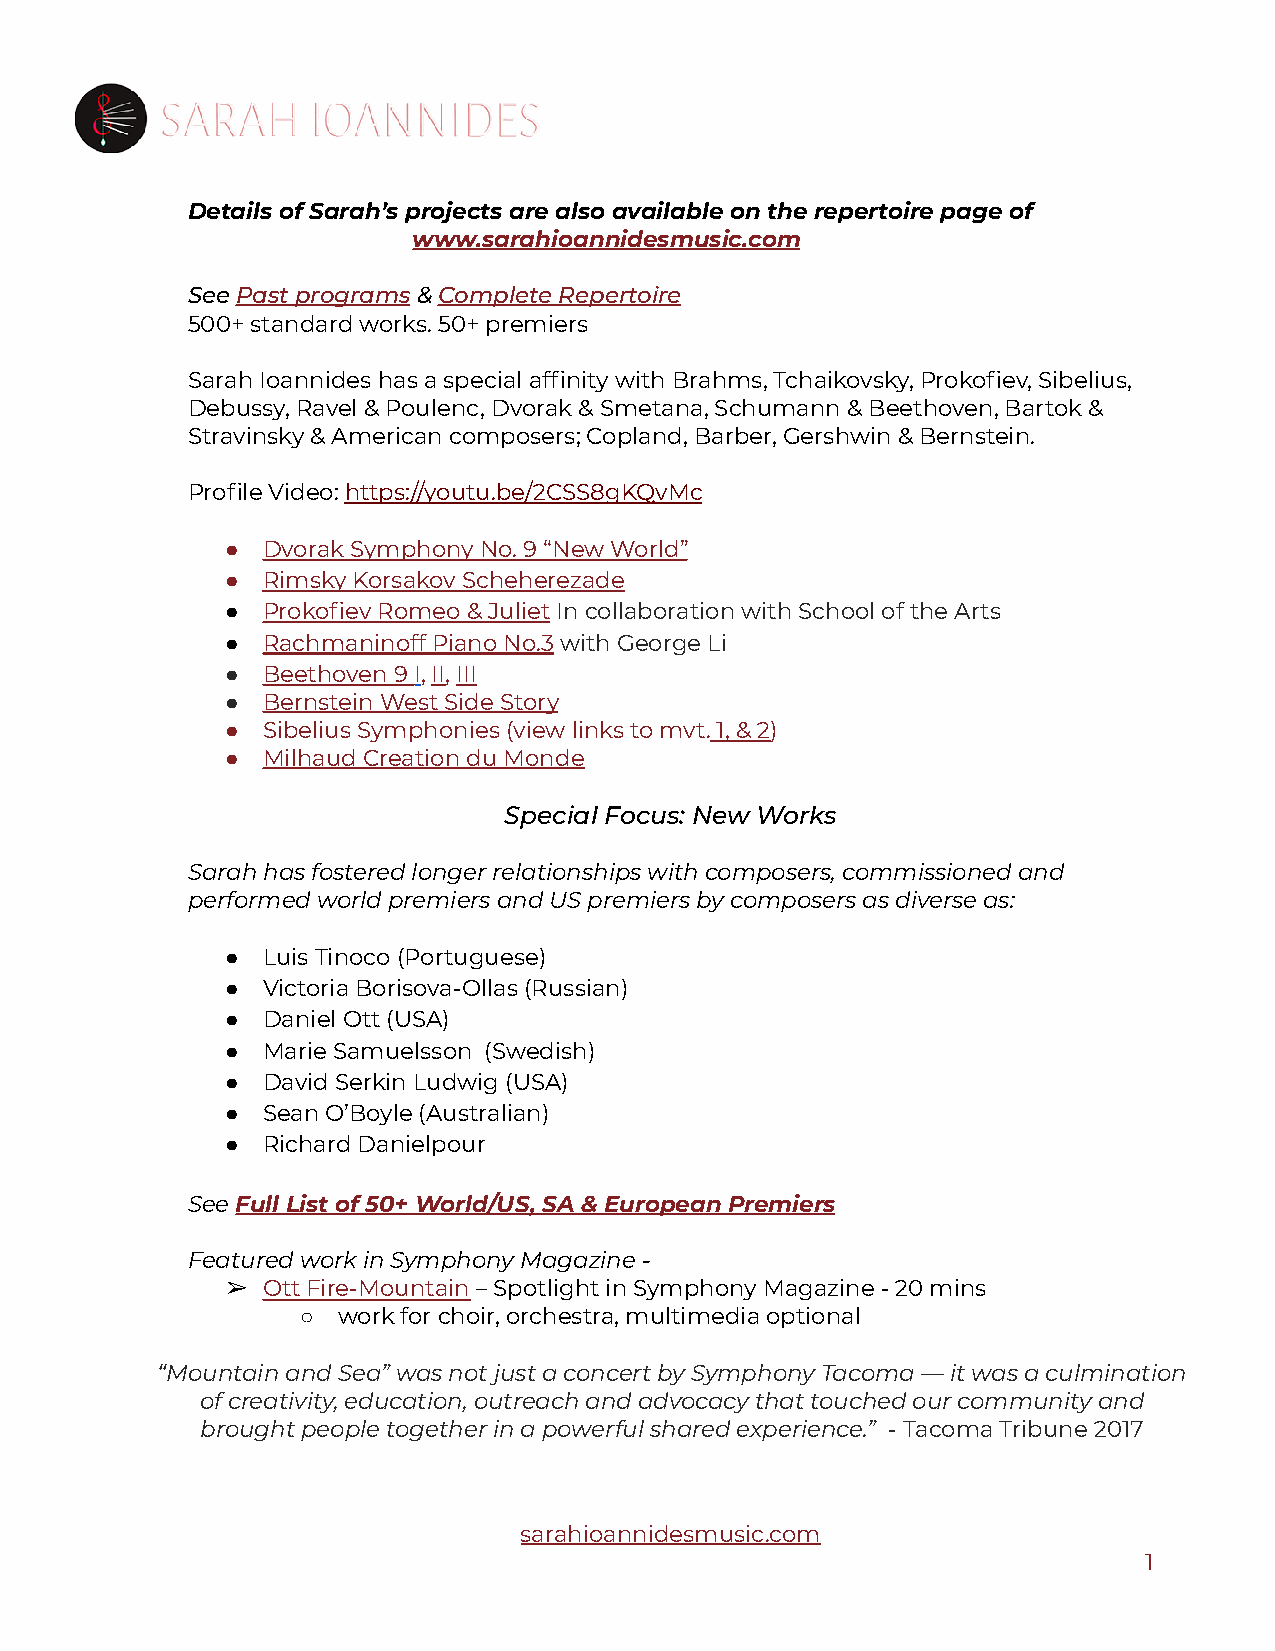
Details of Sarah’s projects are also available on the repertoire page of
 www.sarahioannidesmusic.com
 SeePast programs&Complete Repertoire
 500+ standard works. 50+ premiers
 Sarah Ioannides has a special affinity with Brahms, Tchaikovsky, Prokofiev, Sibelius,
 Debussy, Ravel & Poulenc, Dvorak & Smetana, Schumann & Beethoven, Bartok &
 Stravinsky & American composers; Copland, Barber, Gershwin & Bernstein.
 Profile Video:https://youtu.be/2CSS8gKQvMc
 ● Dvorak Symphony No. 9 “New World”
 ● Rimsky Korsakov Scheherezade
 ● Prokofiev Romeo & JulietIn collaboration with Schoolof the Arts
 ● Rachmaninoff Piano No.3with George Li
 ● Beethoven 9I,II,III
 ● Bernstein West Side Story
 ● Sibelius Symphonies (view links to mvt.1,& 2)
 ● Milhaud Creation du Monde
 Special Focus: New Works
 Sarah has fostered longer relationships with composers, commissioned and
 performed world premiers and US premiers by composers as diverse as:
 ● Luis Tinoco (Portuguese)
 ● Victoria Borisova-Ollas (Russian)
 ● Daniel Ott (USA)
 ● Marie Samuelsson (Swedish)
 ● David Serkin Ludwig (USA)
 ● Sean O’Boyle (Australian)
 ● Richard Danielpour
 SeeFull List of 50+ World/US, SA & European Premiers
 Featured work in Symphony Magazine -
 ➢ Ott Fire-Mountain– Spotlight in Symphony Magazine- 20 mins
 ○ work for choir, orchestra, multimedia optional
 “Mountain and Sea” was not just a concert by Symphony Tacoma — it was a culmination
 of creativity, education, outreach and advocacy that touched our community and
 brought people together in a powerful shared experience.” - Tacoma Tribune 2017
 sarahioannidesmusic.com
 1